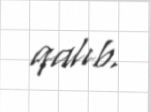
qalıb.